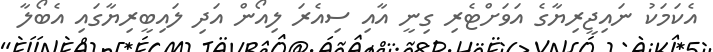
އެކަމަކު ނައިޖީރިޔާގެ އަވަށްޓެރި ގިނީ އާއި ސިއެރަ ލިއޯން އަދި ލައިބީރިޔާގައި އެބޯލާ